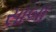
સાબા